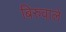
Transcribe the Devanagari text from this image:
बिरुवाले